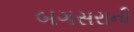
બગસરાની